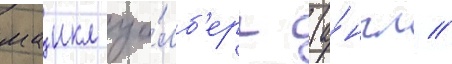
маикл уо́лб'ерг (а́нгл //